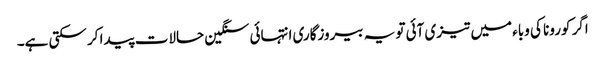
اگر کورونا کی وباء میں تیزی آئی تو یہ بیروزگاری انتہائی سنگین حالات پیدا کر سکتی ہے۔